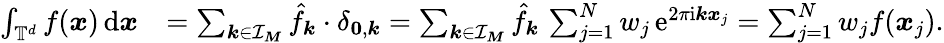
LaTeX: \begin{array}{rl}{\int_{\mathbb T^{d}}f(\boldsymbol x)\, \mathrm d\boldsymbol x}&{=\sum_{\boldsymbol k\in{\mathcal I_{\boldsymbol M}}}\hat{f}_{\boldsymbol k}\cdot\delta_{\boldsymbol 0,\boldsymbol k}=\sum_{\boldsymbol k\in\mathcal I_{\boldsymbol M}}\hat{f}_{\boldsymbol k}\, \sum_{j=1}^{N}w_{j}\, \mathrm e^{2\pi\mathrm i\boldsymbol k\boldsymbol x_{j}}=\sum_{j=1}^{N}w_{j}f(\boldsymbol x_{j}).}\end{array}